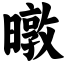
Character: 暾